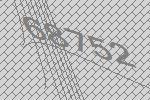
68752